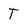
Character: T